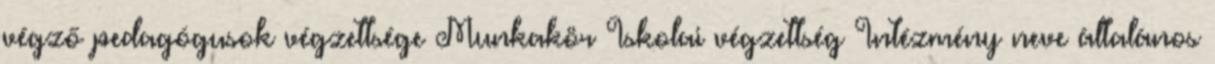
végző pedagógusok végzettsége Munkakör Iskolai végzettség Intézmény neve általános